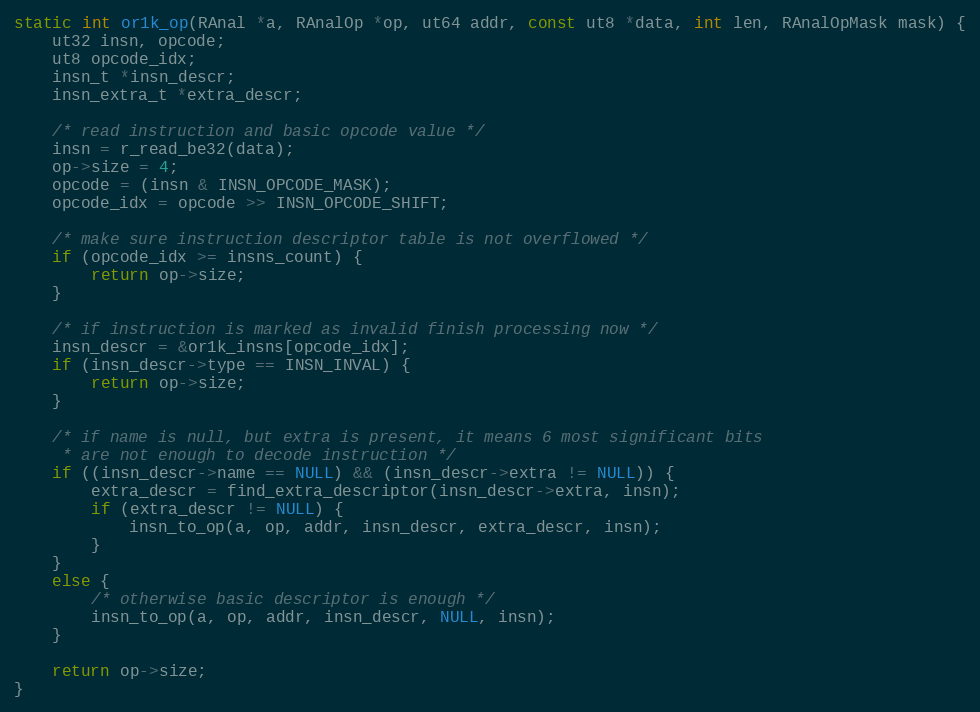
Language: C
static int or1k_op(RAnal *a, RAnalOp *op, ut64 addr, const ut8 *data, int len, RAnalOpMask mask) {
	ut32 insn, opcode;
	ut8 opcode_idx;
	insn_t *insn_descr;
	insn_extra_t *extra_descr;

	/* read instruction and basic opcode value */
	insn = r_read_be32(data);
	op->size = 4;
	opcode = (insn & INSN_OPCODE_MASK);
	opcode_idx = opcode >> INSN_OPCODE_SHIFT;

	/* make sure instruction descriptor table is not overflowed */
	if (opcode_idx >= insns_count) {
		return op->size;
	}

	/* if instruction is marked as invalid finish processing now */
	insn_descr = &or1k_insns[opcode_idx];
	if (insn_descr->type == INSN_INVAL) {
		return op->size;
	}

	/* if name is null, but extra is present, it means 6 most significant bits
	 * are not enough to decode instruction */
	if ((insn_descr->name == NULL) && (insn_descr->extra != NULL)) {
		extra_descr = find_extra_descriptor(insn_descr->extra, insn);
		if (extra_descr != NULL) {
			insn_to_op(a, op, addr, insn_descr, extra_descr, insn);
		}
	}
	else {
		/* otherwise basic descriptor is enough */
		insn_to_op(a, op, addr, insn_descr, NULL, insn);
	}

	return op->size;
}